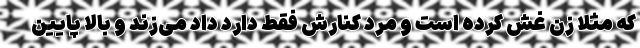
که مثلا زن غش کرده است و مرد کنارش فقط دارد داد می‌زند و بالا پایین